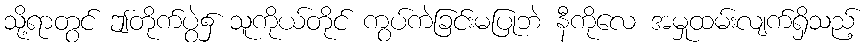
သို့ရာတွင် ဤတိုက်ပွဲ၌ သူကိုယ်တိုင် ကွပ်ကဲခြင်းမပြုဘဲ နီကိုလေ အမှုထမ်းလျက်ရှိသည့်